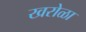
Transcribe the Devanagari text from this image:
खरोळा